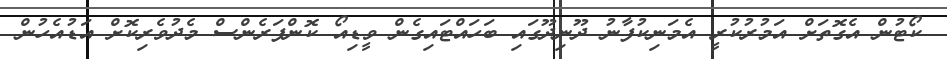
ކޯޓުން އެގޮތަށް އަމުރުކުރީ އެމަނިކުފާނު ދޫނިދޫގައި ބަހައްޓައިގެން ވީޑިއޯ ކޮންފަރެންސް މެދުވެރިކޮށް އަޑުއެހުން